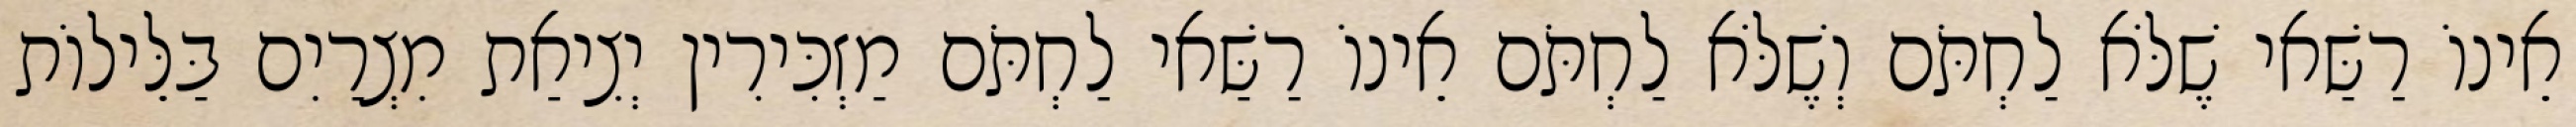
אֵינוֹ רַשַּׁאי שֶׁלֹּא לַחְתֹּם וְשֶׁלֹּא לַחְתֹּם אֵינוֹ רַשַּׁאי לַחְתֹּם מַזְכִּירִין יְצִיאַת מִצְרַיִם בַּלֵּילוֹת